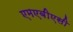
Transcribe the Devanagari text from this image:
एमएबीएसी